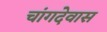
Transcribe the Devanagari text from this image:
चांगदेवास